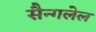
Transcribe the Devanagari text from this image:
सैन्गलेल